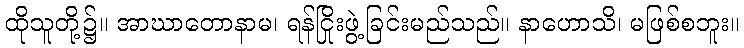
ထိုသူတို့၌။ အာဃာတောနာမ၊ ရန်ငြိုးဖွဲ့ခြင်းမည်သည်။ နာဟောသိ၊ မဖြစ်စဘူး။